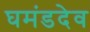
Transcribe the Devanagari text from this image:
घमंडदेव